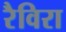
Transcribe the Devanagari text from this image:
रैविरा